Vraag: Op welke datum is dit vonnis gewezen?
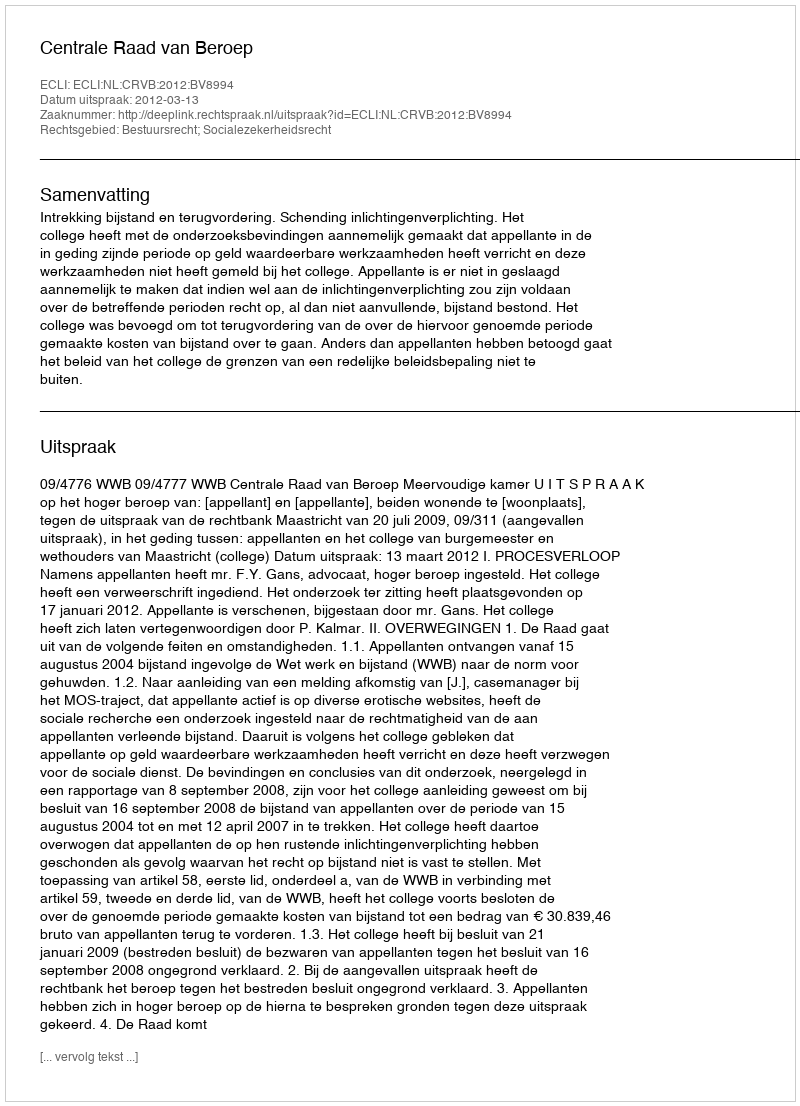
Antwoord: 2012-03-13